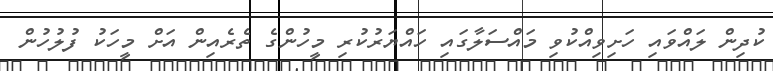
ކުދިން ލައްވައި ހަށިވިއްކުވި މައްސަލާގައި ހައްޔަރުކުރި މީހުންގެ ތެރެއިން އަށް މީހަކު ފުލުހުން